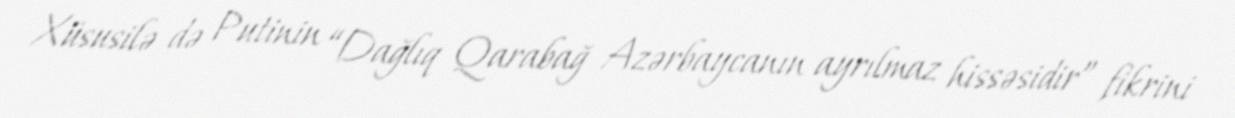
Xüsusilə də Putinin “Dağlıq Qarabağ Azərbaycanın ayrılmaz hissəsidir” fikrini